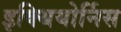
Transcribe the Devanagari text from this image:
इक्थियोर्निस